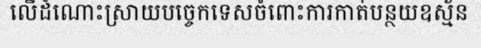
លើដំណោះស្រាយបច្ចេកទេសចំពោះការកាត់បន្ថយឧស្ម័ន